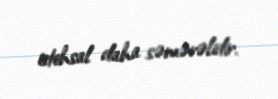
istehsal daha səmərəlidir.